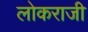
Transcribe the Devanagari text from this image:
लोकराजी